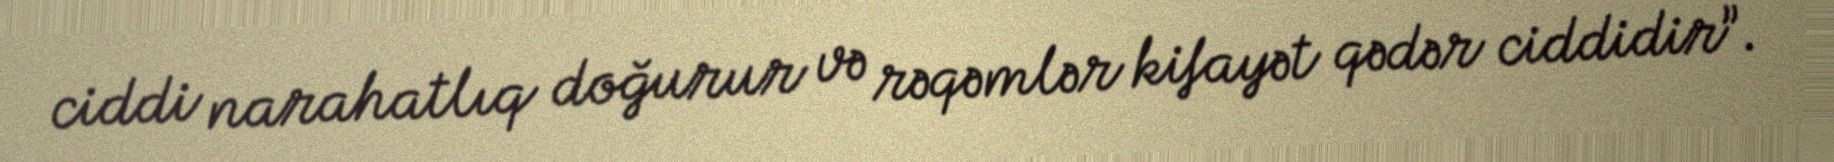
ciddi narahatlıq doğurur və rəqəmlər kifayət qədər ciddidir”.